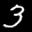
Label: 3